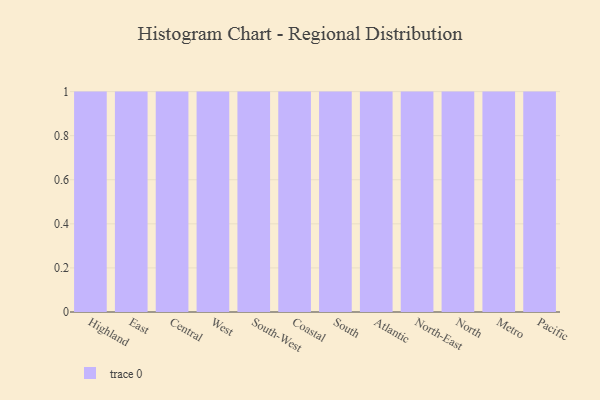
{"axis": {"x": "Region", "y": "Page Views"}, "legend": [""], "data": [{"x": "Highland", "y": 61, "type": ""}, {"x": "East", "y": 42, "type": ""}, {"x": "Central", "y": 9, "type": ""}, {"x": "West", "y": 52, "type": ""}, {"x": "South-West", "y": 44, "type": ""}, {"x": "Coastal", "y": 4, "type": ""}, {"x": "South", "y": 64, "type": ""}, {"x": "Atlantic", "y": 67, "type": ""}, {"x": "North-East", "y": 85, "type": ""}, {"x": "North", "y": 73, "type": ""}, {"x": "Metro", "y": 3, "type": ""}, {"x": "Pacific", "y": 29, "type": ""}]}